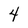
Character: 4